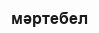
мәртебел